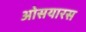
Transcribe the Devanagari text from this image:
ओसयारस